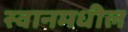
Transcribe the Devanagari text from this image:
स्वानमधील